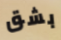
بشق